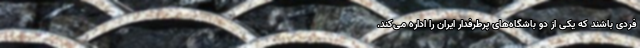
فردی باشند که یکی از دو باشگاه‌های پرطرفدار ایران را اداره می‌کند.